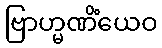
ဗြာဟ္မဏိံယေဝ